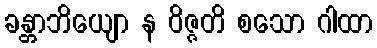
ခန္တာဘိယျော န ဝိဇ္ဇတိ စသော ဂါထာ